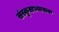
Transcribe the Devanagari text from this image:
संस्कृताभ्यासक